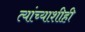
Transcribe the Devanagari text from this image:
त्यांच्याशीही